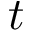
t